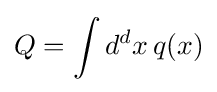
Q=\int d^{d}x\,q(x)